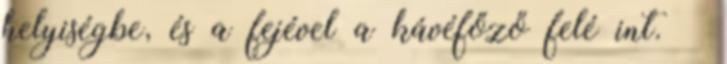
helyiségbe, és a fejével a kávéfőző felé int. –